Madras plague regulations in force outside the Presidency town - Volume 2
Disease focus: Plague
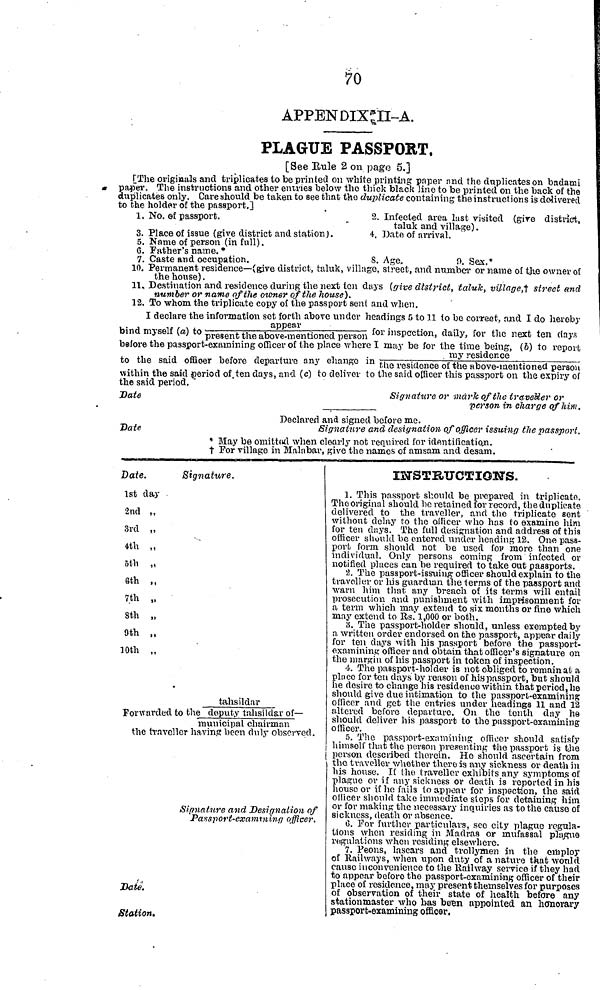
70
APPENDIX II-A.
PLAGUE PASSPORT.
[See Rule 2 on page 5.]
("The originals and triplicates to be printed on white printing paper nnd the duplicates on badarni
paper. The instructions and other entries below the thick black line to be printed on the back of the
duplicates only. Care should be taken to see that the duplicate containing the instructions is delivered
to the holder of the passport.]
1. No. of passport.
3. Place of issue (give district and station).
5. Name of person (in full) .
6. Father's name. *
7. Caste and occupation.
2. Infected area last visited (give district,
taluk and village).
4. Date of arrival.
8. Age,
9. Sex.*
10. Permanent residence—(give district, taluk, village, street, and number or name of the owner of
the house).
11. Destination and residence- during the next ten days (give district, talulk, village,† street and
number or name of the owner of the house).
12. To whom the triplicate copy of the passport sent and when.
I declare the information sot forth above under headings 5 to 11 to be correct, and I do hereby
bind myself (a) to present the above-mentioned person for inspection, daily, for the next ten days
before the passport-examining officer of the place where I may be for the time being, (5) to report
my residence
to the said officer before departure any change in the residence of the above-mentioned person
within the said period of ten days, and (c) to deliver to the said officer this passport on the expiry of
the said period.
Date
Signature or mark of the traveller or
person in charge of him.
Declared and signed before me.
Date
Signature and designation of officer issuing the passport.
* May be omitted. when clearly not required for identification,
† For village in Malabar, give the names of amsam and desam.
Date.
1st day
2nd ,,
3rd „
4th ,,
5th „
8th ,,
7th „
8th „
9th „
10th
„
Forwarded
the travel
Date.
Station.
Signature.
tahsildar
. to the deputy tahsildar of—
municipal chairman
ller having been duly observed .
Signature and Designation of
Passport-examining officer.
INSTRUCTIONS.
1. This passport should be prepared in triplicate.
The origina 1 should he retained for record, the duplicate,
delivered to the traveller, and the triplicate sent
without delay to the officer who has to examine him
for ten days. The full designation and address of this
officer should be entered under heading 12. One pass-
port form should not be used for more than one
individual. Only persons coming from infected or
notified places can he required to take out passports.
2. The passport-issuing officer should explain to the
traveller or his guardian the terms of the passport and
warn him that any breach of its terms will entail
prosecution and punishment with imprisonment for
a term which may extend to six months or fine which
may extend to Rs. 1,000 or both.
8. The passport-holder should, unless exempted by
a written order endorsed on the passport, appear daily
for ten days with his passport before the passport-
that officer's signature on
token of inspection.
4. The
possport-holder is not obliged to remain at a
place for ten days by reason of his passport, but should
he desire to change his residen ce within that period, he
should give due intimation to the passport-examining
officer and get the entries under headings 11 and 12
altered before departure. On the tenth day he
should deliver his passport to the passport-examining
officer.
0. The
(officer should satisfy
himself
the
the passport is the
person described therein. 110 should ascertain from
the traveller whether there is any sickness or death in
his house. If t he traveller exhibits any symptoms of
plague or if any sickness or death is reported in his
house or if he fails t o appear for inspection, the said
officer should take immediate steps for detaining him
or for making the necessary inquiries as to the cause of
sickness, death or absence.
C. For further particulars, see city plague regula-
tions when residing in Madras or mufassal plague
regulations when residing elsewhere.
7. Peons, lascars and trollymen in the employ
of Railways, when upon duty of a nature that would
causo inconvenience to the Railway service if they had
to appear before the passport-examining officer of their
place of residence, may present themselves for purposes
of observation of their state of health before any
stationmaster who has been appointed an honorary
passport-examining officer.